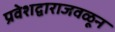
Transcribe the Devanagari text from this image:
प्रवेशद्वाराजवळून